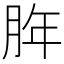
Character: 脌